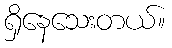
ရှိနေသေးတယ်။